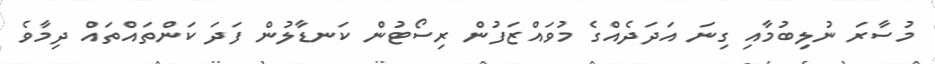
މުސާރަ ނުލިބުމާއި ގިނަ އަދަދެއްގެ މުވައްޒަފުން ރިސޯޓުން ކަނޑާލުން ފަދަ ކަންތައްތައް ދިމާވެ